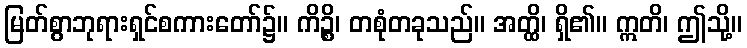
မြတ်စွာဘုရားရှင်စကားတော်၌။ ကိဉ္စိ၊ တစုံတခုသည်။ အတ္ထိ၊ ရှိ၏။ ဣတိ၊ ဤသို့။